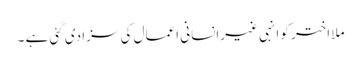
ملا اختر کو انہی غیرانسانی اعمال کی سزا دی گئی ہے ۔